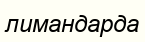
лимандарда